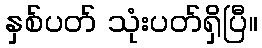
နှစ်ပတ် သုံးပတ်ရှိပြီ။